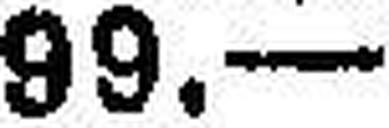
99.—